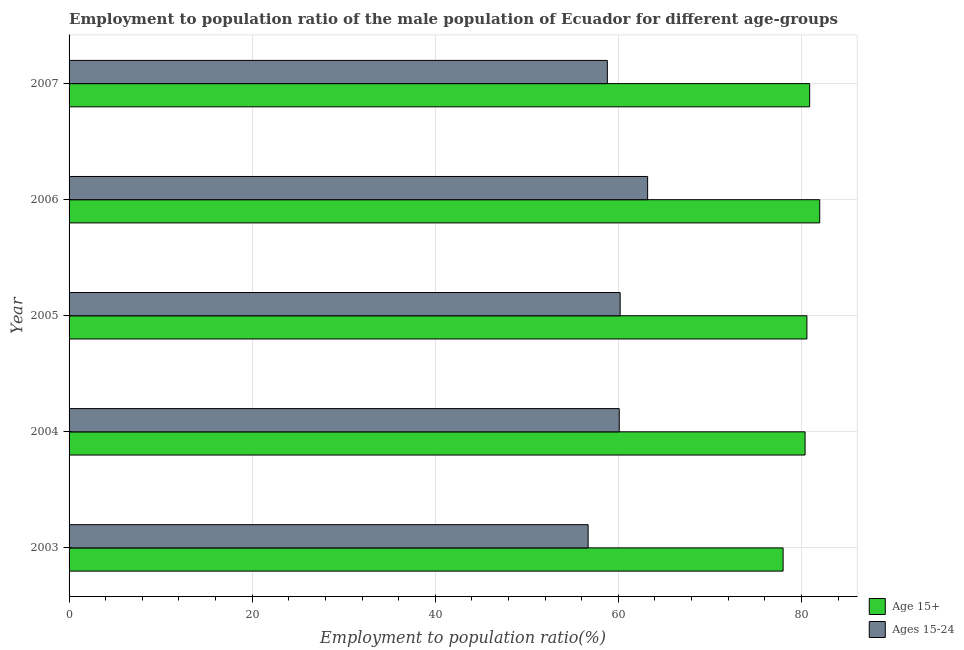
| Year | Age 15+ | Ages 15-24 |
 | --- | --- | --- |
 | 2003 | 78 | 56.7 |
 | 2004 | 80.4 | 60.1 |
 | 2005 | 80.6 | 60.2 |
 | 2006 | 82 | 63.2 |
 | 2007 | 80.9 | 58.8 |